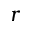
r